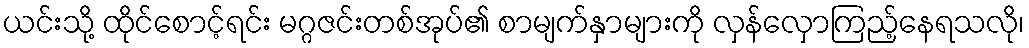
ယင်းသို့ ထိုင်စောင့်ရင်း မဂ္ဂဇင်းတစ်အုပ်၏ စာမျက်နှာများကို လှန်လှောကြည့်နေရသလို၊